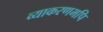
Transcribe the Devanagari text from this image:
व्याकरणमपि